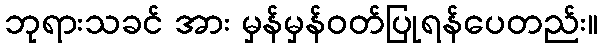
ဘုရားသခင် အား မှန်မှန်ဝတ်ပြုရန်ပေတည်း။